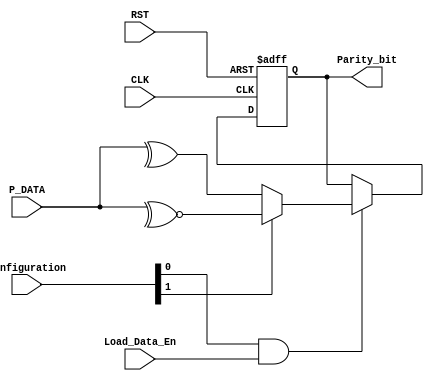
module Parity
(
   //-------------------------------Input Ports------------------------------------//
    input      wire      [7:0]                         P_DATA,
    input      wire      [1:0]                         Configuration,    // Configuration[0] = parity bit enable 
                                                                         // Configuration[1] = parity type
    input      wire                                    CLK,
    input      wire                                    RST,
    input      wire                                    Load_Data_En,
    //-------------------------------Output Ports-----------------------------------//
    output     reg                                     Parity_bit
);

always @(posedge CLK or negedge RST)
    begin
        if (!RST)
            begin
                Parity_bit <= 1'b0;
            end
        else if (Configuration[0] & Load_Data_En)
            begin
                Parity_bit <= Configuration[1] ? ~^P_DATA : ^P_DATA;
            end
    end
endmodule